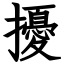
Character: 擾